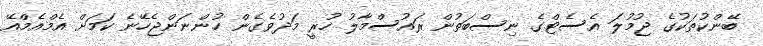
ބޭންކުތަކުގެ ޖުމުލަ އެސެޓްގެ ނިސްބަތުން ރައުސްމާލު ހުރީ މަދުވެގެން ހުންނަންޖެހޭނެ ކަމަށް އެމްއެމްއޭ